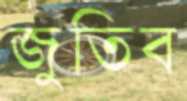
জুতিব